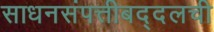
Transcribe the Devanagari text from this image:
साधनसंपत्तीबद्दलची